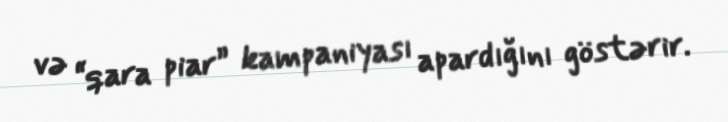
və “qara piar” kampaniyası apardığını göstərir.